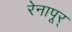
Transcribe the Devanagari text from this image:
रेनापूर्